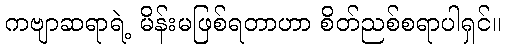
ကဗျာဆရာရဲ့ မိန်းမဖြစ်ရတာဟာ စိတ်ညစ်စရာပါရှင်။